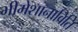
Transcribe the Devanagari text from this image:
भीमेशानाविति